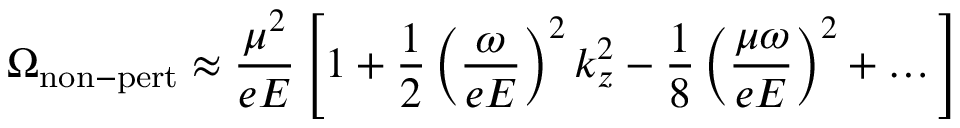
\Omega _ { \mathrm { n o n - p e r t } } \approx \frac { \mu ^ { 2 } } { e E } \left[ 1 + \frac { 1 } { 2 } \left( \frac { \omega } { e E } \right) ^ { 2 } k _ { z } ^ { 2 } - \frac { 1 } { 8 } \left( \frac { \mu \omega } { e E } \right) ^ { 2 } + \dots \right]